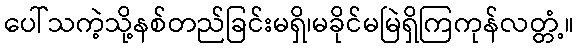
ပေါ်သကဲ့သို့နစ်တည်ခြင်းမရှိ၊မခိုင်မမြဲရှိကြကုန်လတ္တံ့။